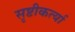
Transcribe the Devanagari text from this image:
सृष्टीकर्त्या